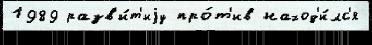
1989 разв'и́т'иjу про́т'ив наход'и́лс'я